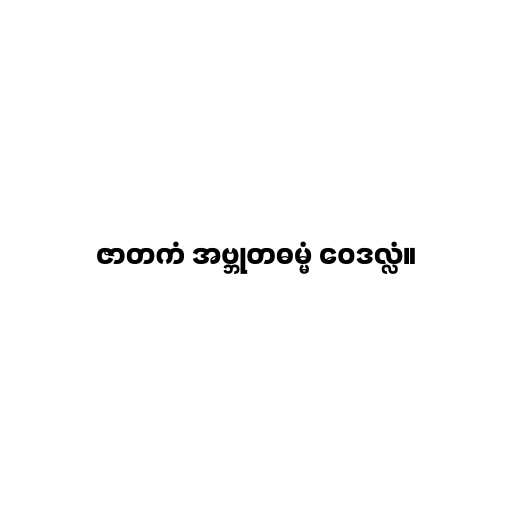
ဇာတကံ အဗ္ဘုတဓမ္မံ ဝေဒလ္လံ။